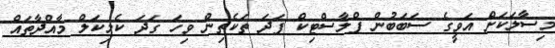
މިސާލަކަށް އަވީގެ ސަބަބުން ފްލާސްޓިކް ފަދަ ތަކެތިން ވިހަ ގަދަ ކެމިކަލް މާއްދާތައް